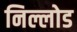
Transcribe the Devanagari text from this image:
निल्लोड